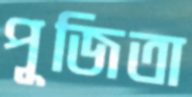
পূজিতা